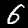
Digit: 6